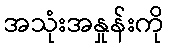
အသုံးအနှုန်းကို